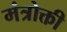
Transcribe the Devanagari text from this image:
मंत्रोक्ती